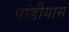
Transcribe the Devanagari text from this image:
पांडीयास